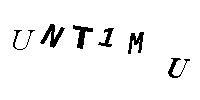
UNT1MU